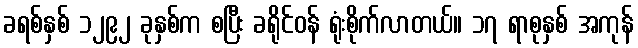
ခရစ်နှစ် ၁၂၉၂ ခုနှစ်က စပြီး ခရိုင်ဝန် ရုံးစိုက်လာတယ်။ ၁၇ ရာစုနှစ် အကုန်